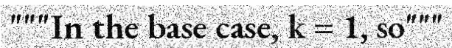
"""In the base case, k = 1, so"""